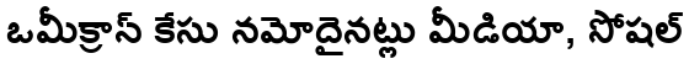
ఒమీక్రాన్ కేసు నమోదైనట్లు మీడియా, సోషల్